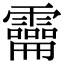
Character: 𩆚